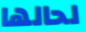
لحالها